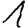
Digit: 1